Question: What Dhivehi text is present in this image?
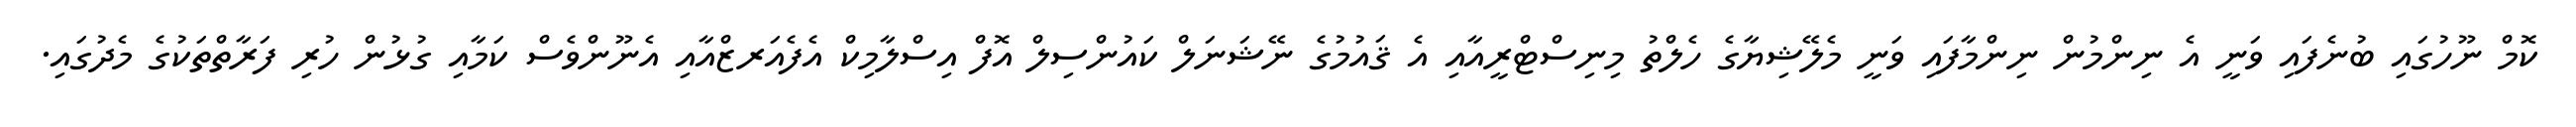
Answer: ކޮމް ނޫހުގައި ބުނެފައި ވަނީ އެ ނިންމުން ނިންމާފައި ވަނީ މެލޭޝިޔާގެ ހެލްތު މިނިސްޓްރީއާއި އެ ޤައުމުގެ ނޭޝަނަލް ކައުންސިލް އޮފް އިސްލާމިކް އެފެއަރޒްއާއި އެނޫންވެސް ކަމާއި ގުޅުން ހުރި ފަރާތްތަކުގެ މެދުގައި.